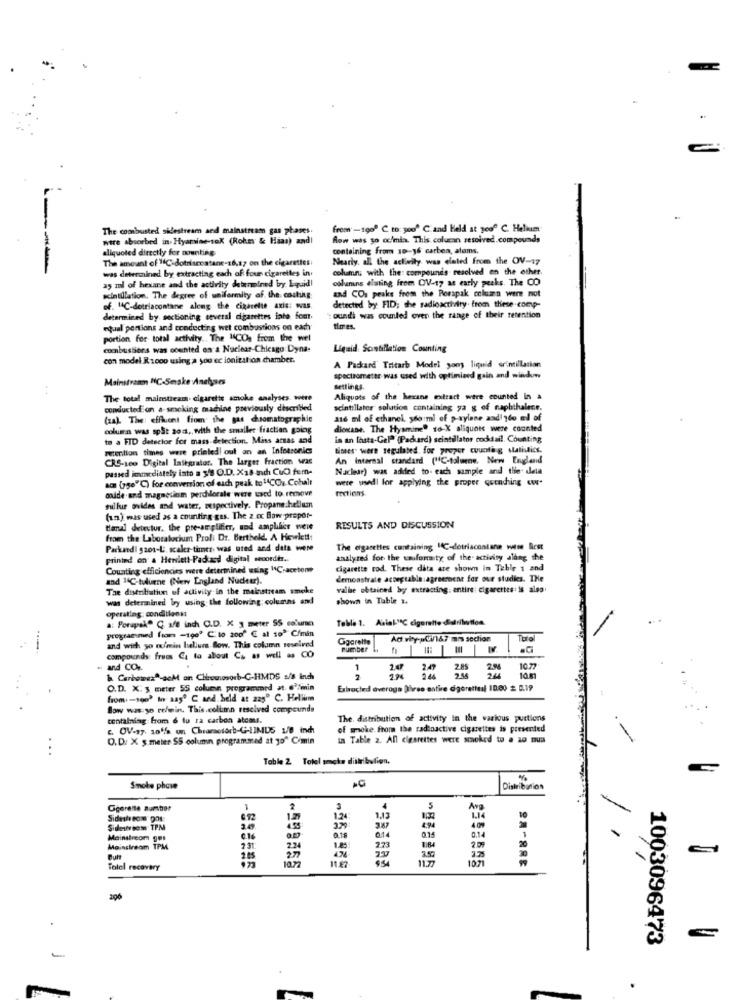
The coonbusted sidestream and mainstream gas phases
from -190º C to you" C.and Held at gooº C. Helium
were absorbed in Hyamine-10X (Rohe & Haas) and!
Aow was so cc/mix. This colucan resolved.compounds
aliquoted directly for counting.
containing from 10-16 carben, atoms.
The amount of 14℃ dotrismeatane-16,17 on the cigarettes:
Nearly, all the activity was eleted from the OV-17
was determined by extracting each of four cigarettes in
column with the: compounds resolved en the other.
aş ml of hexane and the activity determined by. Equid!
columns eluting from OV-17 as early peaks. The CO
scintillation. The degree of uniformity af. the costing
detected by FID; che radioactivity. from these comp-
and CO: peaks from the Perapak column were not
of. 14C-dotriacontane along the cigarette axis: was.
determined by sectioning several cigarettes inte font.
: oundi was counted over the range of their retention
equal portions and conducting wet combustions on each
times.
portion for total activity .. The "CO, from the wel
combustions was ocented on a Nuclear-Chicago Dyna-
Liquid Scintillation Counting
con model R 1ooo using a you ec ionization chamber.
A Packard Tritarb Model yony liquid srintillacion
Mainstramm NC-Seske Analyses
spectrometer was used with optimized gain and window
settings.
The total mainstream. cigarette smoke analyses. were
Aliquots of the hexane extract were counted In a
conducted on a-smoking machine previously discribed
scintillates solution containing ya g of naphthalece.
(za). The: effluent fiom the gas dsomatographie
a16 ml of ethanel, ydoml of p-xylane aadi ydo al of
column was spSt ao :,, with the smaller fraction going
dionane. The Hysmine" so-X aliquots were counted
to a FID detector for mass-detection. Miss actas and
in an thsta-Gel (Pacuard) seintillator cocktail. Counting
retention times were printed out an an Infotronic
times were regulated, for proper cuuntag statistics.
CRS-100 Digital Lalegralos. The larger fraction wear
An Internal standard ("C-talwene. New England
passed immediately into a 348 O.D. X18 indi CUO fem-
Naclear) was added to- each sample and the- data
ac (756℃) for conversion of each peak to 14CC: Cohalt
were wwdl for applying the proper quending www.
fections
oxide and magnesium perchilocale were used to remove
mulfuir ovides and water, respectively. Propane.hellum
(um) was used as a counting gas. The 2.ox Bow preper-
tianal detector, the pre-amplifier, und amplifier were
RESULTS AND DISCUSSION
from the Labocakrcium Proli Dr. BertholdL. A Hewlett:
Packard| 5201-L. scaler-timer was ured and data were
The cigarettes containing 14℃-detriacontane wese Best
printed on a Herdett-Padacd digital seoorder ..
analyzed for the cauformity of the activity along the
Counting efficiencies were determined waing "C.acetom
cigarette tod. These data are shown in Table 1 and
and 14℃-tuluene (Nerv England Nudeur).
demonstrate acceptable:agreement for our studies. The
Tae distribution of adivily in the mainstream smoke
valbe obtained by extracting. entire: cigarettes: is also
was determined bry using the following; columns and
shown in Table 1.
a: Porapelº C a/8 inch C.D. X 3 meter SS coluna
operating: conditions
Table 1. AsinL"C cigarette Sulribwfles.
programmed ftom -190º C. 10 2000 € al 193 C/min
Ggarette
Ad viny- C/167 mm section
and wich yo mumin helium Bow. This column reseived
Pumber #
compounds: from Ca la about Ca as well as CO
and CO ..
1
2.0
2.8
2.N
10.77
I Canhotos *- acM on Chronosorb-G-HMDS s/8 inch
2
2.38
2M
10.m
O.D. X: 5 meter 55 column programmed at. P/min
Extracted average Dires entire cigarettesl 1000 # 0.19
from: - 100) in aa5º C and held at 225º C. Helium
Bow was so re/min. This.collimn resolved compounds
contaliag from 6 tu ra carbon atoms.
The. distribution of activity in the various purtions
c. OV-17. 105 on Chiamosorb-G-LIMUS 1/8 inch
of smoke. from the radioactive cigarettes is presented
O.D: X 5 meter SS column programmed at 10" Cimin
ta Table 2. All cigarettes were smoked to . 10 ma
Table 2 Total smoke ditribulien.
%
Smoke phave
Distribution
Cigerente number
3
Avg
Sidethe ecse pose
124:
1.14
Sidervsess TPM
4.55
3.67
0.14
Mainstreom ges
6.16
0.18
0.15
0.14
20
Mainstream TPM
231:
2.24
1.85
223
1.64
2.09
20
10.72
11.47
3.57
1071
Tolol recovery
206
1003096473
.